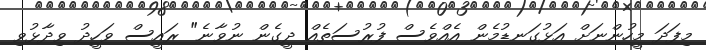
މިފަދަ މީހުންނަށް އަޅުގަނޑުމެން އެއްވެސް ފުރުސަތެއް ދީގެން ނުވާނެ" ރައީސް ވަހީދު ވިދާޅުވި